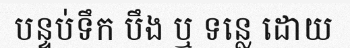
បន្ទប់ទឹក បឹង ឬ ទន្លេ ដោយ